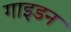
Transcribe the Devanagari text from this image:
गाइडन